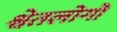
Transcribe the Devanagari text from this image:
श्वेतलोगों